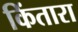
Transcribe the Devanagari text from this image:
किंतारा